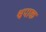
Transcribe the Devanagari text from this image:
श्वपाक